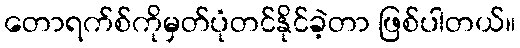
တောရက်စ်ကိုမှတ်ပုံတင်နိုင်ခဲ့တာ ဖြစ်ပါတယ်။